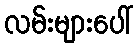
လမ်းများပေါ်